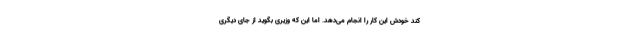
کند خودش این کار را انجام می‌دهد. اما این که وزیری بگوید از جای دیگری